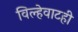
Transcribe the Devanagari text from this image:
विल्हेवाटही